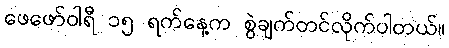
ဖေဖော်ဝါရီ ၁၅ ရက်နေ့က စွဲချက်တင်လိုက်ပါတယ်။